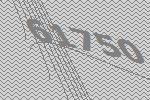
61750